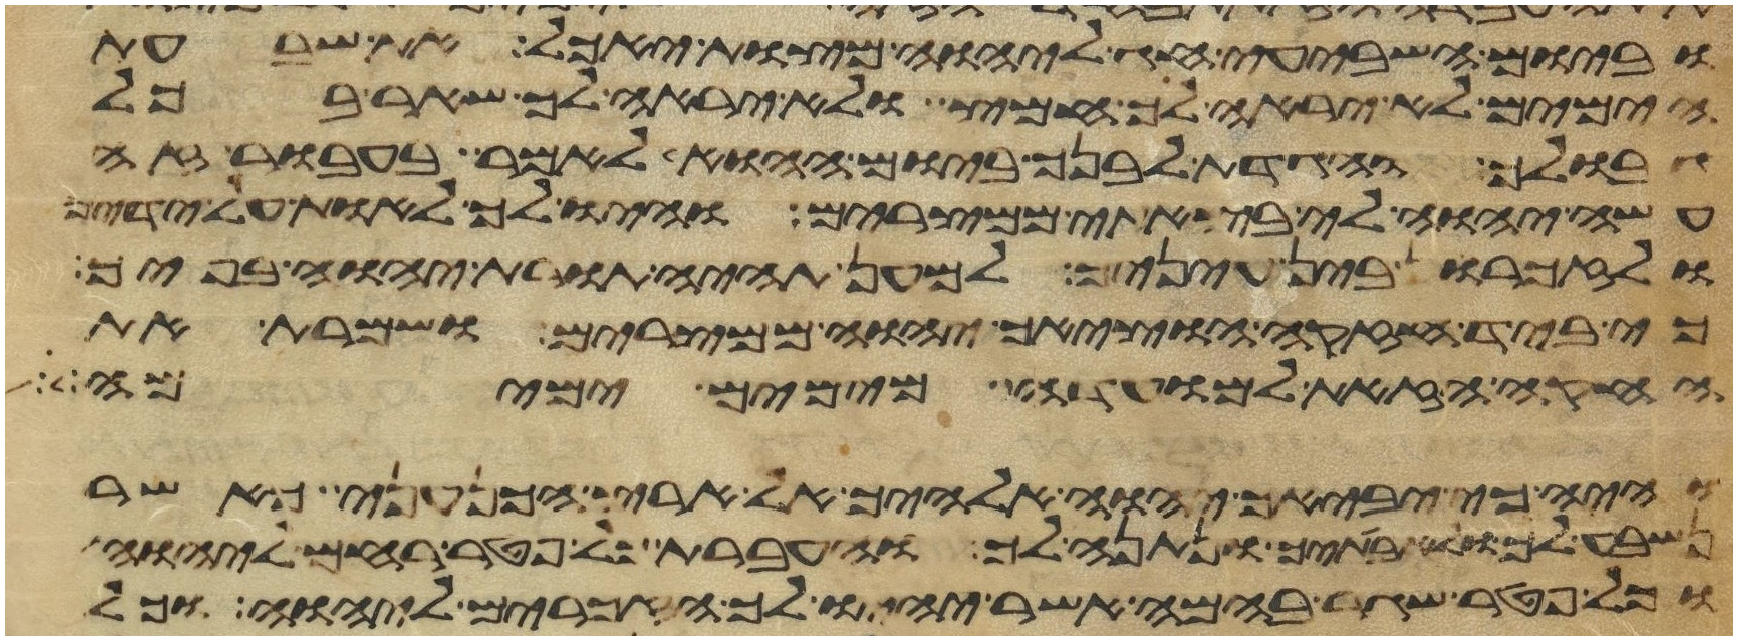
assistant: וביום השביעי חג ליהוה מצות יאכל את שבעת
הימים לא יראה לך חמץ ולא יראה לך שאר בכל
גבולך והגדת לבנך ביום ההוא לאמר בעבור זה
עשה יהוה לי בצאתי ממצרים והיו לך לאות על ידיך
ולזכרון בין עיניך למען תהיה תורת יהוה בפיך
כי ביד חזקה הוציאך יהוה ממצרים ושמרת את
החקה הזאת למועדה מימים ימימה
והיה כי יביאך יהוה אלהיך אל ארץ הכנעני כאשר
נשבע לך ולאבתיך ונתנה לך והעברת כל פטר רחם ליהוה
וכל פטר שגר בהמה אשר יהיו לך הזכרים ליהוה וכל